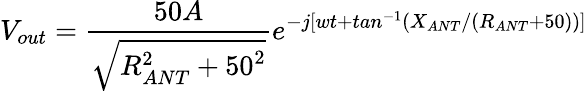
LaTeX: V_{out}=\frac{50A}{\sqrt{R_{ANT}^{2}+50^{2}}}e^{-j[wt+tan^{-1}({X_{ANT}/(R_{ANT}+50)})]}